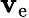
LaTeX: \mathbf{v}_{\mathrm{{e}}}